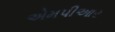
એમપીઆર